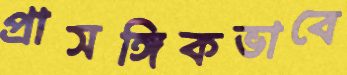
প্রাসঙ্গিকভাবে